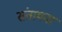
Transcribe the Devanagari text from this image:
संतायना